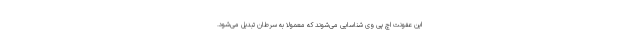
این عفونت اچ پی وی شناسایی می‌شوند که معمولاً به سرطان تبدیل می‌شود.